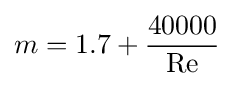
m=1.7+{40000 \over \operatorname {Re} }